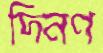
দিনণ